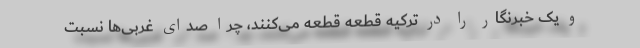
و یک خبرنگار را در ترکیه قطعه قطعه می‌کنند، چرا صدای غربی‌ها نسبت